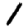
Digit: 1